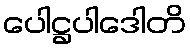
ပေါဋ္ဌပါဒေါတိ